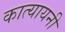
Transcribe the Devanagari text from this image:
कात्‍यायनी